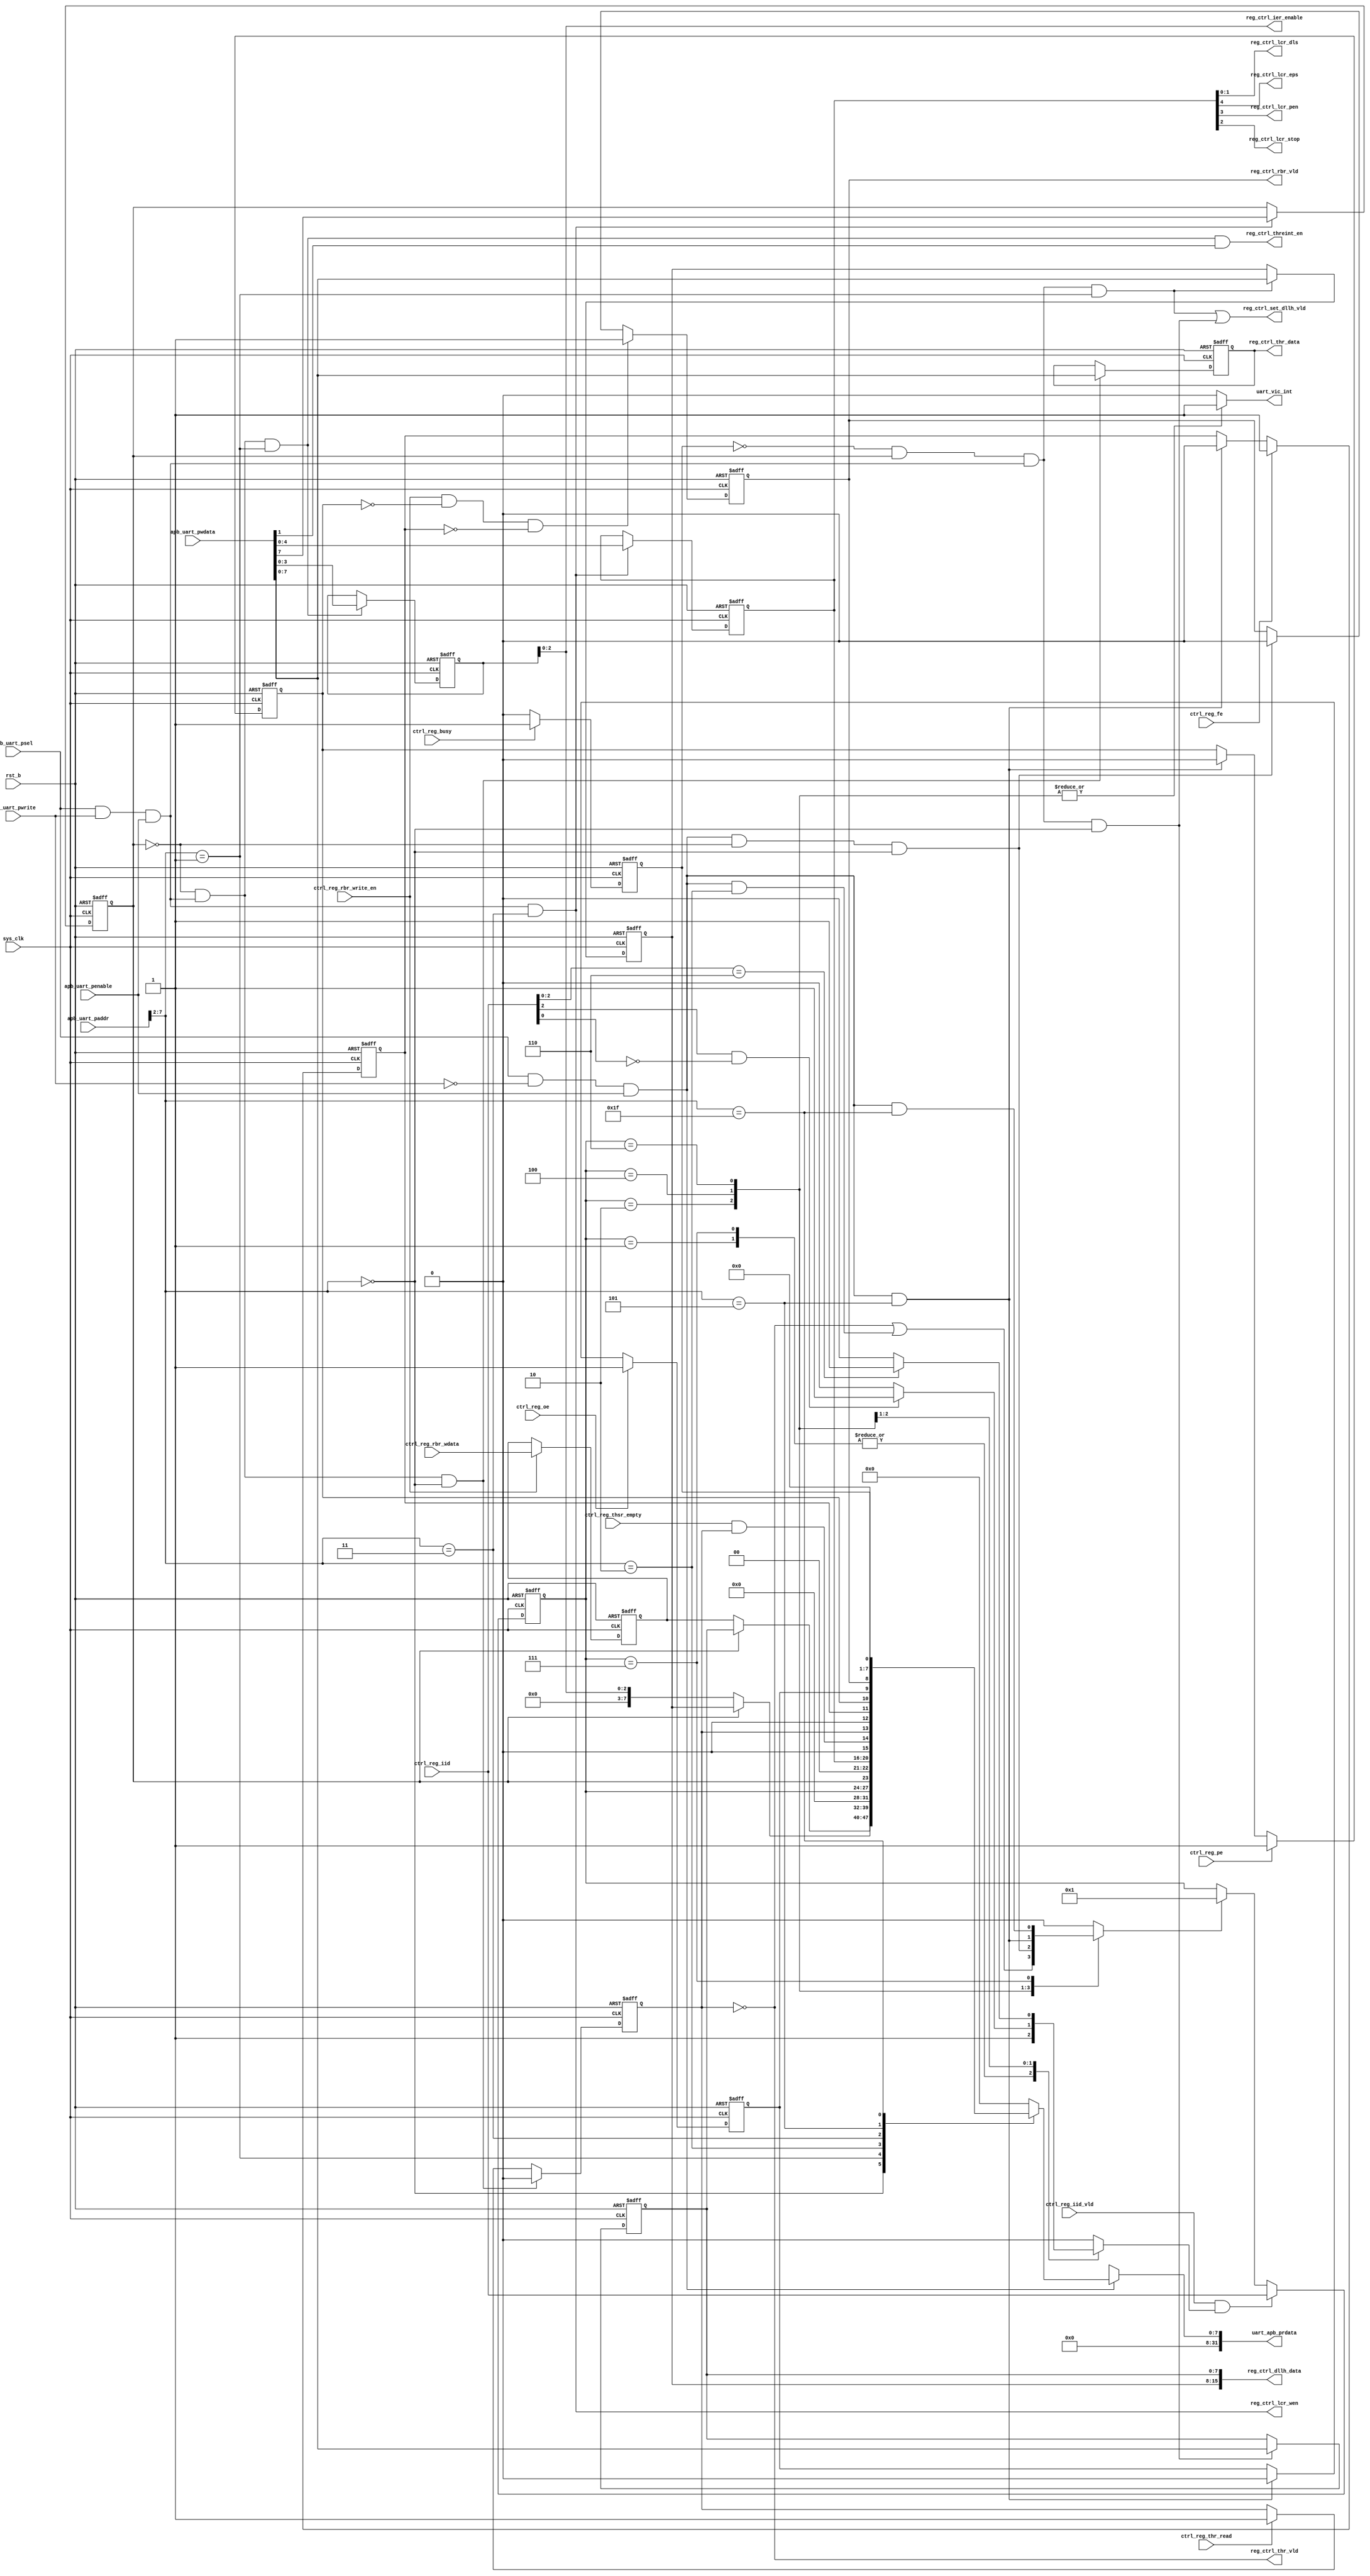
/*Copyright 2020-2021 T-Head Semiconductor Co., Ltd.

Licensed under the Apache License, Version 2.0 (the "License");
you may not use this file except in compliance with the License.
You may obtain a copy of the License at

    http://www.apache.org/licenses/LICENSE-2.0

Unless required by applicable law or agreed to in writing, software
distributed under the License is distributed on an "AS IS" BASIS,
WITHOUT WARRANTIES OR CONDITIONS OF ANY KIND, either express or implied.
See the License for the specific language governing permissions and
limitations under the License.
*/






















module uart_apb_reg(
  apb_uart_paddr,
  apb_uart_penable,
  apb_uart_psel,
  apb_uart_pwdata,
  apb_uart_pwrite,
  ctrl_reg_busy,
  ctrl_reg_fe,
  ctrl_reg_iid,
  ctrl_reg_iid_vld,
  ctrl_reg_oe,
  ctrl_reg_pe,
  ctrl_reg_rbr_wdata,
  ctrl_reg_rbr_write_en,
  ctrl_reg_thr_read,
  ctrl_reg_thsr_empty,
  reg_ctrl_dllh_data,
  reg_ctrl_ier_enable,
  reg_ctrl_lcr_dls,
  reg_ctrl_lcr_eps,
  reg_ctrl_lcr_pen,
  reg_ctrl_lcr_stop,
  reg_ctrl_lcr_wen,
  reg_ctrl_rbr_vld,
  reg_ctrl_set_dllh_vld,
  reg_ctrl_thr_data,
  reg_ctrl_thr_vld,
  reg_ctrl_threint_en,
  rst_b,
  sys_clk,
  uart_apb_prdata,
  uart_vic_int
);


input   [39:0]  apb_uart_paddr;       
input           apb_uart_penable;     
input           apb_uart_psel;        
input   [31:0]  apb_uart_pwdata;      
input           apb_uart_pwrite;      
input           ctrl_reg_busy;        
input           ctrl_reg_fe;          
input   [3 :0]  ctrl_reg_iid;         
input           ctrl_reg_iid_vld;     
input           ctrl_reg_oe;          
input           ctrl_reg_pe;          
input   [7 :0]  ctrl_reg_rbr_wdata;   
input           ctrl_reg_rbr_write_en; 
input           ctrl_reg_thr_read;    
input           ctrl_reg_thsr_empty;  
input           rst_b;                
input           sys_clk;              
output  [15:0]  reg_ctrl_dllh_data;   
output  [2 :0]  reg_ctrl_ier_enable;  
output  [1 :0]  reg_ctrl_lcr_dls;     
output          reg_ctrl_lcr_eps;     
output          reg_ctrl_lcr_pen;     
output          reg_ctrl_lcr_stop;    
output          reg_ctrl_lcr_wen;     
output          reg_ctrl_rbr_vld;     
output          reg_ctrl_set_dllh_vld; 
output  [7 :0]  reg_ctrl_thr_data;    
output          reg_ctrl_thr_vld;     
output          reg_ctrl_threint_en;  
output  [31:0]  uart_apb_prdata;      
output          uart_vic_int;         


reg             iid_priv_vld;         
reg             iir_iid_clr_vld;      
reg     [7 :0]  uart_dlh;             
reg     [7 :0]  uart_dll;             
reg     [3 :0]  uart_ier;             
reg     [3 :0]  uart_iir_iid;         
reg     [4 :0]  uart_lcr;             
reg             uart_lcr_dlab;        
reg             uart_lsr_dr;          
reg             uart_lsr_fe;          
reg             uart_lsr_oe;          
reg             uart_lsr_pe;          
reg             uart_lsr_thre;        
reg     [7 :0]  uart_rbr;             
reg     [7 :0]  uart_reg_data_pre;    
reg     [7 :0]  uart_thr;             
reg             uart_usr;             
reg             uart_vic_int;         


wire            ahb_iir_read_vld;     
wire            ahb_lsr_read_vld;     
wire            ahb_rbr_read_vld;     
wire            ahb_usr_read_vld;     
wire    [39:0]  apb_uart_paddr;       
wire            apb_uart_penable;     
wire            apb_uart_psel;        
wire    [31:0]  apb_uart_pwdata;      
wire            apb_uart_pwrite;      
wire            ctrl_reg_busy;        
wire            ctrl_reg_fe;          
wire    [3 :0]  ctrl_reg_iid;         
wire            ctrl_reg_iid_vld;     
wire            ctrl_reg_oe;          
wire            ctrl_reg_pe;          
wire    [7 :0]  ctrl_reg_rbr_wdata;   
wire            ctrl_reg_rbr_write_en; 
wire            ctrl_reg_thr_read;    
wire            ctrl_reg_thsr_empty;  
wire            dllh_en;              
wire    [7 :0]  endian_wdata;         
wire            iir_iid_write_vld;    
wire            rd_acc;               
wire    [15:0]  reg_ctrl_dllh_data;   
wire    [2 :0]  reg_ctrl_ier_enable;  
wire    [1 :0]  reg_ctrl_lcr_dls;     
wire            reg_ctrl_lcr_eps;     
wire            reg_ctrl_lcr_pen;     
wire            reg_ctrl_lcr_stop;    
wire            reg_ctrl_lcr_wen;     
wire            reg_ctrl_rbr_vld;     
wire            reg_ctrl_set_dllh_vld; 
wire    [7 :0]  reg_ctrl_thr_data;    
wire            reg_ctrl_thr_vld;     
wire            reg_ctrl_threint_en;  
wire            rst_b;                
wire            sys_clk;              
wire    [31:0]  uart_apb_prdata;      
wire            uart_dlh_wen;         
wire            uart_dll_wen;         
wire            uart_ier_wen;         
wire            uart_lcr_wen;         
wire            uart_lsr_temt;        
wire    [7 :0]  uart_reg_data;        
wire    [5 :0]  uart_reg_haddr;       
wire            uart_thr_wen;         
wire            wr_acc;               


parameter          RBR = 6'h00;
parameter          THR = 6'h00;
parameter          DLL = 6'h00;
parameter          DLH = 6'h01;
parameter          IER = 6'h01;
parameter          IIR = 6'h02;
parameter          LCR = 6'h03;
parameter          LSR = 6'h05;
parameter          USR = 6'h1f;


















































































assign endian_wdata[7:0]  = apb_uart_pwdata[7:0];
assign wr_acc  = apb_uart_psel && apb_uart_pwrite && apb_uart_penable;
assign rd_acc  = apb_uart_psel && !apb_uart_pwrite && apb_uart_penable; 
assign uart_reg_haddr[5:0] = apb_uart_paddr[7:2];



assign dllh_en      = !uart_usr && uart_lcr_dlab; 
assign uart_dll_wen = dllh_en && wr_acc && (uart_reg_haddr[5:0] == DLL);
assign uart_dlh_wen = dllh_en && wr_acc && (uart_reg_haddr[5:0] == DLH);
assign uart_thr_wen = !uart_lcr_dlab && wr_acc && (uart_reg_haddr[5:0] == THR);
assign uart_ier_wen = !uart_lcr_dlab && wr_acc && (uart_reg_haddr[5:0] == IER);
assign uart_lcr_wen = wr_acc && (uart_reg_haddr[5:0] == LCR);

always @(posedge sys_clk or negedge rst_b)
begin
  if(!rst_b)
    uart_dll[7:0] <= 8'h0;
  else if(uart_dll_wen)
    uart_dll[7:0] <= endian_wdata[7:0];
end

always @(posedge sys_clk or negedge rst_b)
begin
  if(!rst_b)
    uart_dlh[7:0] <= 8'h0;
  else if(uart_dlh_wen)
    uart_dlh[7:0] <= endian_wdata[7:0];
end

always @(posedge sys_clk or negedge rst_b)
begin
  if(!rst_b)
    uart_thr[7:0] <= 8'h0;
  else if(uart_thr_wen)
    uart_thr[7:0] <= endian_wdata[7:0];
end

  
always @(posedge sys_clk or negedge rst_b)
begin
  if(!rst_b)
    uart_ier[3:0] <= 4'h0;
  else if(uart_ier_wen)
    uart_ier[3:0] <= endian_wdata[3:0] ;
end

always @(posedge sys_clk or negedge rst_b)
begin
  if(!rst_b)
  begin
    uart_lcr_dlab <= 1'b0;
    uart_lcr[4:0] <= 5'h0;
  end
  else if(uart_lcr_wen)
  begin
    uart_lcr_dlab <= endian_wdata[7];
    uart_lcr[4:0] <= endian_wdata[4:0] ;
  end
  else
  begin
    uart_lcr_dlab <= uart_lcr_dlab;
    uart_lcr[4:0] <= uart_lcr[4:0];
  end
end










assign uart_reg_data[7:0] = rd_acc ? uart_reg_data_pre[7:0] : 8'bx;

always @( uart_dll[7:0]
       or uart_lsr_fe
       or uart_ier[2:0]
       or uart_dlh[7:0]
       or uart_lsr_oe
       or uart_iir_iid[3:0]
       or uart_rbr[7:0]
       or uart_lcr_dlab
       or uart_usr
       or uart_lsr_pe
       or uart_lsr_temt
       or uart_reg_haddr[5:0]
       or uart_lsr_thre
       or uart_lcr[4:0]
       or uart_lsr_dr)
begin
case(uart_reg_haddr[5:0])
  RBR: uart_reg_data_pre[7:0] = uart_lcr_dlab ? uart_dll[7:0] : uart_rbr[7:0];
  IER: uart_reg_data_pre[7:0] = uart_lcr_dlab ? uart_dlh[7:0] : {5'b0,uart_ier[2:0]}; 
  IIR: uart_reg_data_pre[7:0] = {4'b0,uart_iir_iid[3:0]};
  LCR: uart_reg_data_pre[7:0] = {uart_lcr_dlab,2'b0,uart_lcr[4:0]};
  LSR: uart_reg_data_pre[7:0] = {1'b0,uart_lsr_temt,uart_lsr_thre,1'b0,
                               uart_lsr_fe,uart_lsr_pe,uart_lsr_oe,uart_lsr_dr};
  USR: uart_reg_data_pre[7:0] = {6'b0,uart_usr};
  default:uart_reg_data_pre[7:0] = 8'b0;     
 endcase 

end


assign uart_apb_prdata[31:0]  = {24'b0,uart_reg_data[7:0]};

always @( uart_iir_iid[3:0])
begin
casez(uart_iir_iid[3:0])
  4'b0010:uart_vic_int =1'b1;
  4'b0100:uart_vic_int =1'b1;
  4'b0110:uart_vic_int =1'b1;
  default: uart_vic_int = 1'b0;
endcase

end







always @(posedge sys_clk or negedge rst_b)
begin
  if(!rst_b)
    uart_rbr[7:0] <= 8'b0;
  else if(ctrl_reg_rbr_write_en)
    uart_rbr[7:0] <= ctrl_reg_rbr_wdata[7:0]; 
end


always @(posedge sys_clk or negedge rst_b)
begin
  if(!rst_b)
    uart_iir_iid[3:0] <= 4'b0001;
  else if(iir_iid_write_vld)
    uart_iir_iid[3:0] <= ctrl_reg_iid[3:0];
  else if(iir_iid_clr_vld)
    uart_iir_iid[3:0] <= 4'b0001;
end

assign iir_iid_write_vld = ctrl_reg_iid_vld && iid_priv_vld;


always @( uart_iir_iid[3:0]
       or ctrl_reg_iid[2:0])
begin
 casez(uart_iir_iid[3:0])
 4'b0001: iid_priv_vld = 1'b1;
 4'b0111: iid_priv_vld = 1'b1;
 4'b0010: iid_priv_vld = (ctrl_reg_iid[2] && !ctrl_reg_iid[0]) ? 1 : 0;
 4'b0100: iid_priv_vld = (ctrl_reg_iid[2:0] == 3'b110) ? 1 : 0;
 4'b0110: iid_priv_vld = 1'b0;
 default: iid_priv_vld = 1'b0;
 endcase

end



always @( ahb_rbr_read_vld
       or uart_iir_iid[3:0]
       or ahb_lsr_read_vld
       or uart_lsr_thre
       or ahb_iir_read_vld
       or ahb_usr_read_vld)
begin
 casez(uart_iir_iid[3:0])
  4'b0010: iir_iid_clr_vld = !uart_lsr_thre  || ahb_iir_read_vld;
  4'b0100: iir_iid_clr_vld = ahb_rbr_read_vld;
  4'b0110: iir_iid_clr_vld = ahb_lsr_read_vld;
  4'b0111: iir_iid_clr_vld = ahb_usr_read_vld;
  default: iir_iid_clr_vld = 1'b0;  
  endcase

end

  
assign ahb_iir_read_vld = rd_acc && ( uart_reg_haddr[5:0] == IIR );
assign ahb_lsr_read_vld = rd_acc && ( uart_reg_haddr[5:0] == LSR );
assign ahb_usr_read_vld = rd_acc && ( uart_reg_haddr[5:0] == USR );
assign ahb_rbr_read_vld = rd_acc && !uart_lcr_dlab &&( uart_reg_haddr[5:0] == RBR);


always @(posedge sys_clk or negedge rst_b)
begin
  if(!rst_b)
  begin
    uart_lsr_thre <= 1'b1;
  end
  else if(uart_thr_wen)
  begin
    uart_lsr_thre <= 1'b0;
  end
  else if(ctrl_reg_thr_read)  
  begin
    uart_lsr_thre <= 1'b1;
  end
end

assign uart_lsr_temt = ctrl_reg_thsr_empty && uart_lsr_thre;

always @(posedge sys_clk or negedge rst_b)
begin
  if(!rst_b)
    uart_lsr_dr <= 1'b0;
  else if(ctrl_reg_rbr_write_en && !uart_lsr_pe && !uart_lsr_fe)
    uart_lsr_dr <= 1'b1;
  else if(ahb_rbr_read_vld )
    uart_lsr_dr <= 1'b0;
end

always @(posedge sys_clk or negedge rst_b)
begin
  if(!rst_b)
    uart_lsr_fe <= 1'b0;
  else if(ctrl_reg_fe)
    uart_lsr_fe <= 1'b1;
  else if( ahb_lsr_read_vld )
    uart_lsr_fe <= 1'b0;
end
  
always @(posedge sys_clk or negedge rst_b)
begin
  if(!rst_b)
    uart_lsr_pe <= 1'b0;
  else if(ctrl_reg_pe)
    uart_lsr_pe <= 1'b1;
  else if( ahb_lsr_read_vld )
    uart_lsr_pe <= 1'b0;
end
 
always @(posedge sys_clk or negedge rst_b)
begin
  if(!rst_b)
    uart_lsr_oe <= 1'b0;
  else if(ctrl_reg_oe)
    uart_lsr_oe <= 1'b1;
  else if( ahb_lsr_read_vld )
    uart_lsr_oe <= 1'b0;
end

always @(posedge sys_clk or negedge rst_b)
begin
  if(!rst_b)
    uart_usr <= 1'b0;
  else if(ctrl_reg_busy)
    uart_usr <= 1'b1;
  else if(!ctrl_reg_busy)
    uart_usr <= 1'b0;
end
   



assign reg_ctrl_thr_vld         = !uart_lsr_thre;
assign reg_ctrl_thr_data[7:0]   = uart_thr[7:0];
assign reg_ctrl_ier_enable[2:0] = uart_ier[2:0];
assign reg_ctrl_dllh_data[15:0] = {uart_dlh[7:0],uart_dll[7:0]};
assign reg_ctrl_lcr_eps         = uart_lcr[4];
assign reg_ctrl_lcr_pen         = uart_lcr[3];
assign reg_ctrl_lcr_stop        = uart_lcr[2];
assign reg_ctrl_lcr_dls[1:0]    = uart_lcr[1:0];
assign reg_ctrl_rbr_vld         = uart_lsr_dr;
assign reg_ctrl_lcr_wen         = uart_lcr_wen;
assign reg_ctrl_set_dllh_vld    = uart_dlh_wen || uart_dll_wen;
assign reg_ctrl_threint_en      = uart_ier_wen && endian_wdata[1];


endmodule